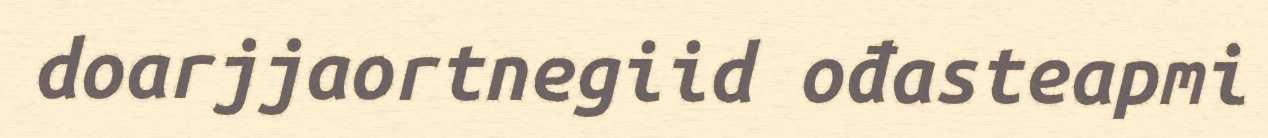
doarjjaortnegiid ođasteapmi